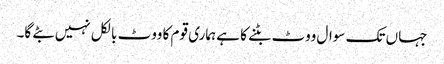
جہاں تک سوال ووٹ بٹنے کا ہے ہماری قوم کا ووٹ بالکل نہیں بٹے گا۔